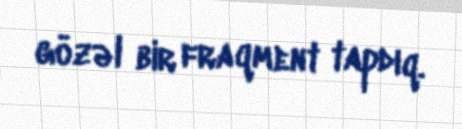
gözəl bir fraqment tapdıq.